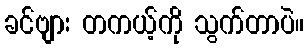
ခင်ဗျား တကယ့်ကို သွက်တာပဲ။